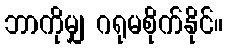
ဘာကိုမျှ ဂရုမစိုက်နိုင်။